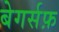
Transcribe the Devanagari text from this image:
बेगर्सफ़